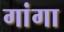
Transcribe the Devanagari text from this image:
गांगा